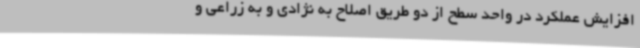
افزایش عملکرد در واحد سطح از دو طریق اصلاح به نژادی و به زراعی و